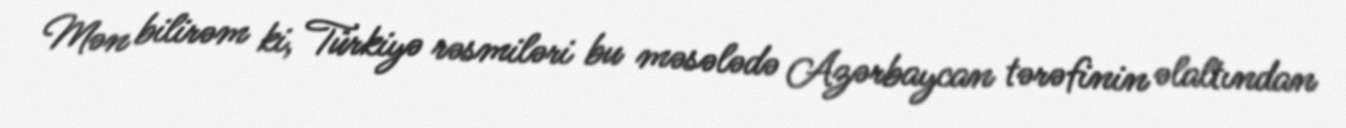
Mən bilirəm ki, Türkiyə rəsmiləri bu məsələdə Azərbaycan tərəfinin əlaltından